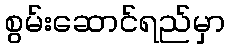
စွမ်းဆောင်ရည်မှာ